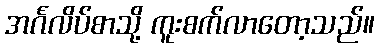
အင်္ဂလိပ်စာသို့ ကူးစက်လာတော့သည်။